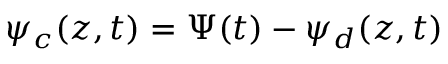
\psi _ { c } ( z , t ) = \Psi ( t ) - \psi _ { d } ( z , t )